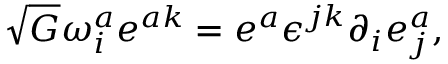
\sqrt { G } \omega _ { i } ^ { a } e ^ { a k } = e ^ { a } \epsilon ^ { j k } \partial _ { i } e _ { j } ^ { a } ,